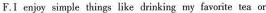
F.I enjoy simple things like drinking my favorite tea or